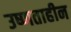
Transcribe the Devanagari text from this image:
उष्णताहीन